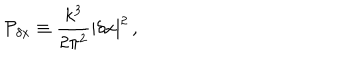
LaTeX: { \cal P } _ { \delta x } \equiv { \frac { k ^ { 3 } } { 2 \pi ^ { 2 } } } | \delta x | ^ { 2 } \, ,